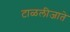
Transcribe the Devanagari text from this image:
टाळलीजाते